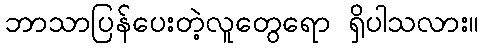
ဘာသာပြန်ပေးတဲ့လူတွေရော ရှိပါသလား။